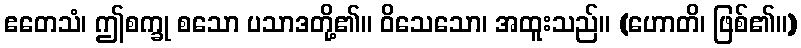
ဧတေသံ၊ ဤစက္ခု စသော ပသာဒတို့၏။ ဝိသေသော၊ အထူးသည်။ (ဟောတိ၊ ဖြစ်၏။)